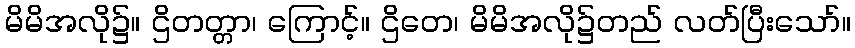
မိမိအလို၌။ ဌိတတ္တာ၊ ကြောင့်။ ဌိတေ၊ မိမိအလို၌တည် လတ်ပြီးသော်။